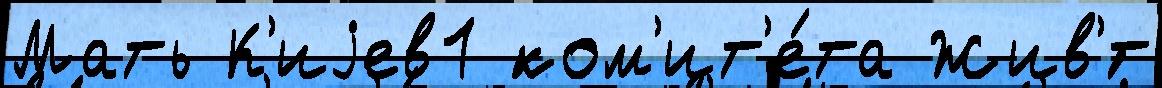
Мать К'иjев1 ком'ит'е́та Жив'́т